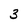
Character: 3